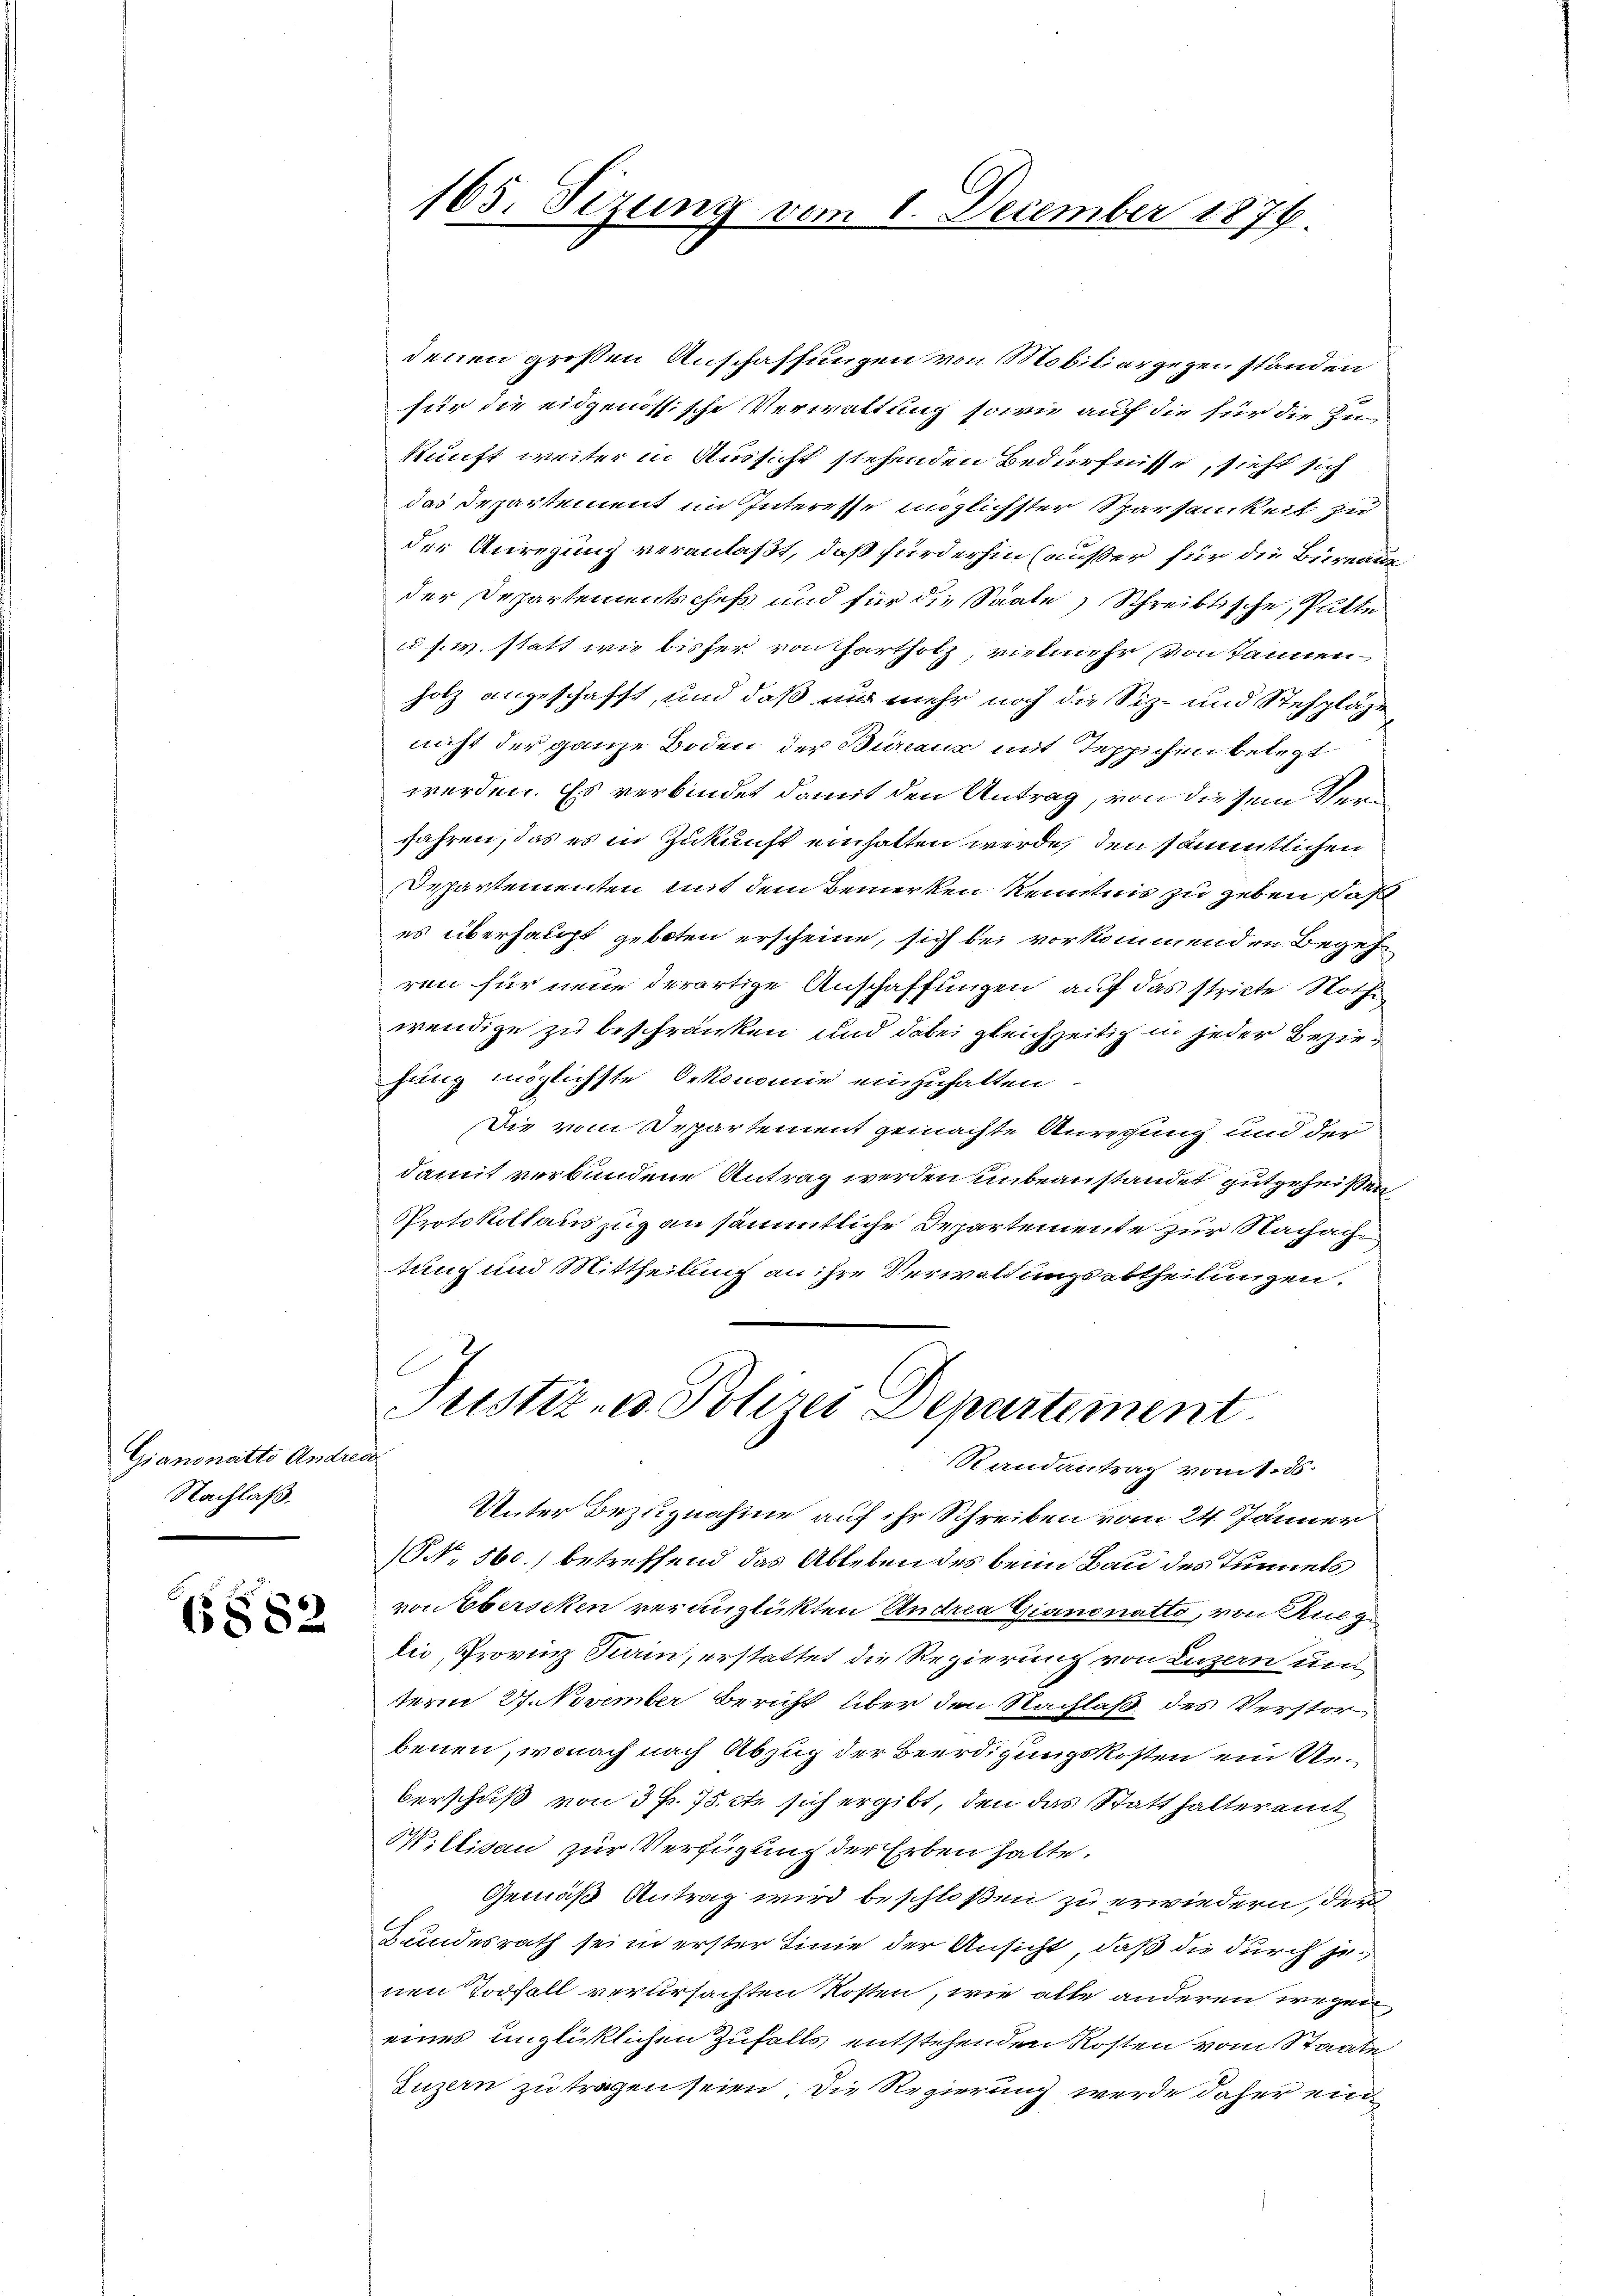
Gianonetto Andre
Nachlaß.

6882

165. Sizung vom 1. December 1876.

denen großen Anschaffungen von Mobiliar gegen ständen
für die eidgenössische Verwaltung sowie auf die für die Zu
kunft weiter in Aussicht stehenden Bedürfnisse, sieht sich
das Departement im Interesse möglichster Sparsamkeit zu
der Anregung veranlaßt, daß fürderhin außer für die Bureau
der Departementschefs und für die Saale Schreibtische, Pulte
u. s. w. statt wie bisher von Hartholz vielmehr von kannenholz angeschafft, und daß nur mehr noch die Siz- und Stehpläge
nicht der ganze Boden der Bureaux mit Teppichen belegt
werden. Es verbindet damit den Antrag, von diesem Verfahren, das es in Zukunft einhalten werde, den sämmtlichen
Departementen mit dem Bemerken Kenntnis zu geben, daß
es überhaupt geboten erscheine, sich bei vorkommenden Begehren für neue derartige Anschaffungen auf das stricte Nothe
wendige zu beschränken und dabei gleichzeitig in jeder Beziehung möglichste Oekonomie einzuhalten
Die vom Departement gemachte Anregung und der
damit verbundene Antrag werden unbeanstandet gutgeheißen,
Protokollauszug an sämmtliche Departemente zur Nachach
tung und Mittheilung an ihre Verwaltungsabtheilungen.
Justiz- u. Polizei Departement
00
Randantrag vom 16.
Unter Bezugnahme auf ihr Schreiben vom 24. Jänner
(No. 560.) betreffend das Ableben des beim Bau des Tunnels
von Eberseken veranglükten Andrea Giannatto, von Rueg
lio, Provinz Turin, erstattet die Regierung von Luzern und
term 27. November Bericht über den Nachlaß des Verstor
benen, wonach nach Abzug der Beerdigungskosten ein Unberschuß von 3 p. 75. cte sich ergibt, den das Statthalteramt
Willisau zur Verfügung der Erben halte.
Gemäß Antrag wird beschloßen zu erwiedern, der
Bundesrath sei in erster Linie der Ansicht, daß die durch jenen Todfall verursachten Kosten, wie alle anderen wegeneines unglücklichen Zufalls entstehenden Kosten vom Staate
Luzern zu tragen seien die Regierung werde daher ein